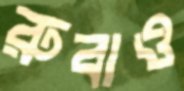
রুবাও